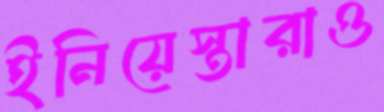
ইনিয়েস্তারাও